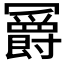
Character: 𫤼